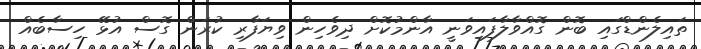
ތައިލެންޑްގައި ބޮން ގޮއްވާލާފައިވަނީ އާންމުކޮށް ދިވެހިން ވިޔަފާރި ކުރަން ގޮސް އުޅޭ ހިސާބެއް